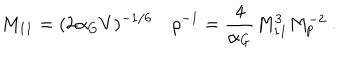
M _ { 1 1 } = ( 2 \alpha _ { G } V ) ^ { - 1 / 6 } \quad \rho ^ { - 1 } = { \frac { 4 } { \alpha _ { G } } } M _ { 1 1 } ^ { 3 } M _ { p } ^ { - 2 } \ .